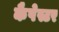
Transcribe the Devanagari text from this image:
कैपेस्टर